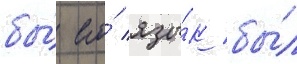
бы́ его́ язы́к бы́л